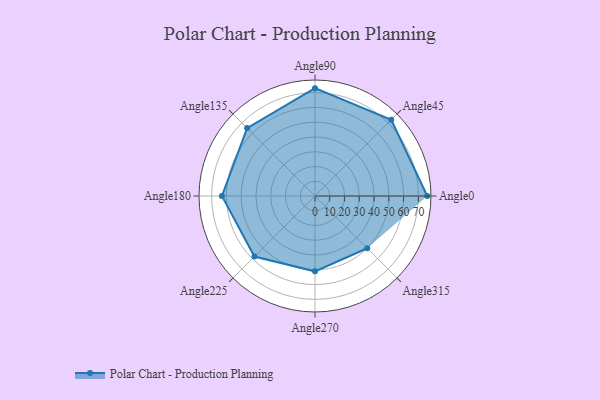
{"axis": {"x": "Angle", "y": "Radius"}, "legend": [""], "data": [{"x": "Angle0", "y": 76.0, "type": ""}, {"x": "Angle45", "y": 73.0, "type": ""}, {"x": "Angle90", "y": 73.0, "type": ""}, {"x": "Angle135", "y": 65.0, "type": ""}, {"x": "Angle180", "y": 63.0, "type": ""}, {"x": "Angle225", "y": 58.0, "type": ""}, {"x": "Angle270", "y": 51.0, "type": ""}, {"x": "Angle315", "y": 50, "type": ""}]}